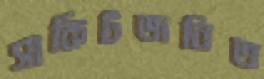
সার্কিটজনিত